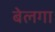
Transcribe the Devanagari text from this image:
बेलगा